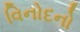
વિનોદનો